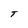
Character: T